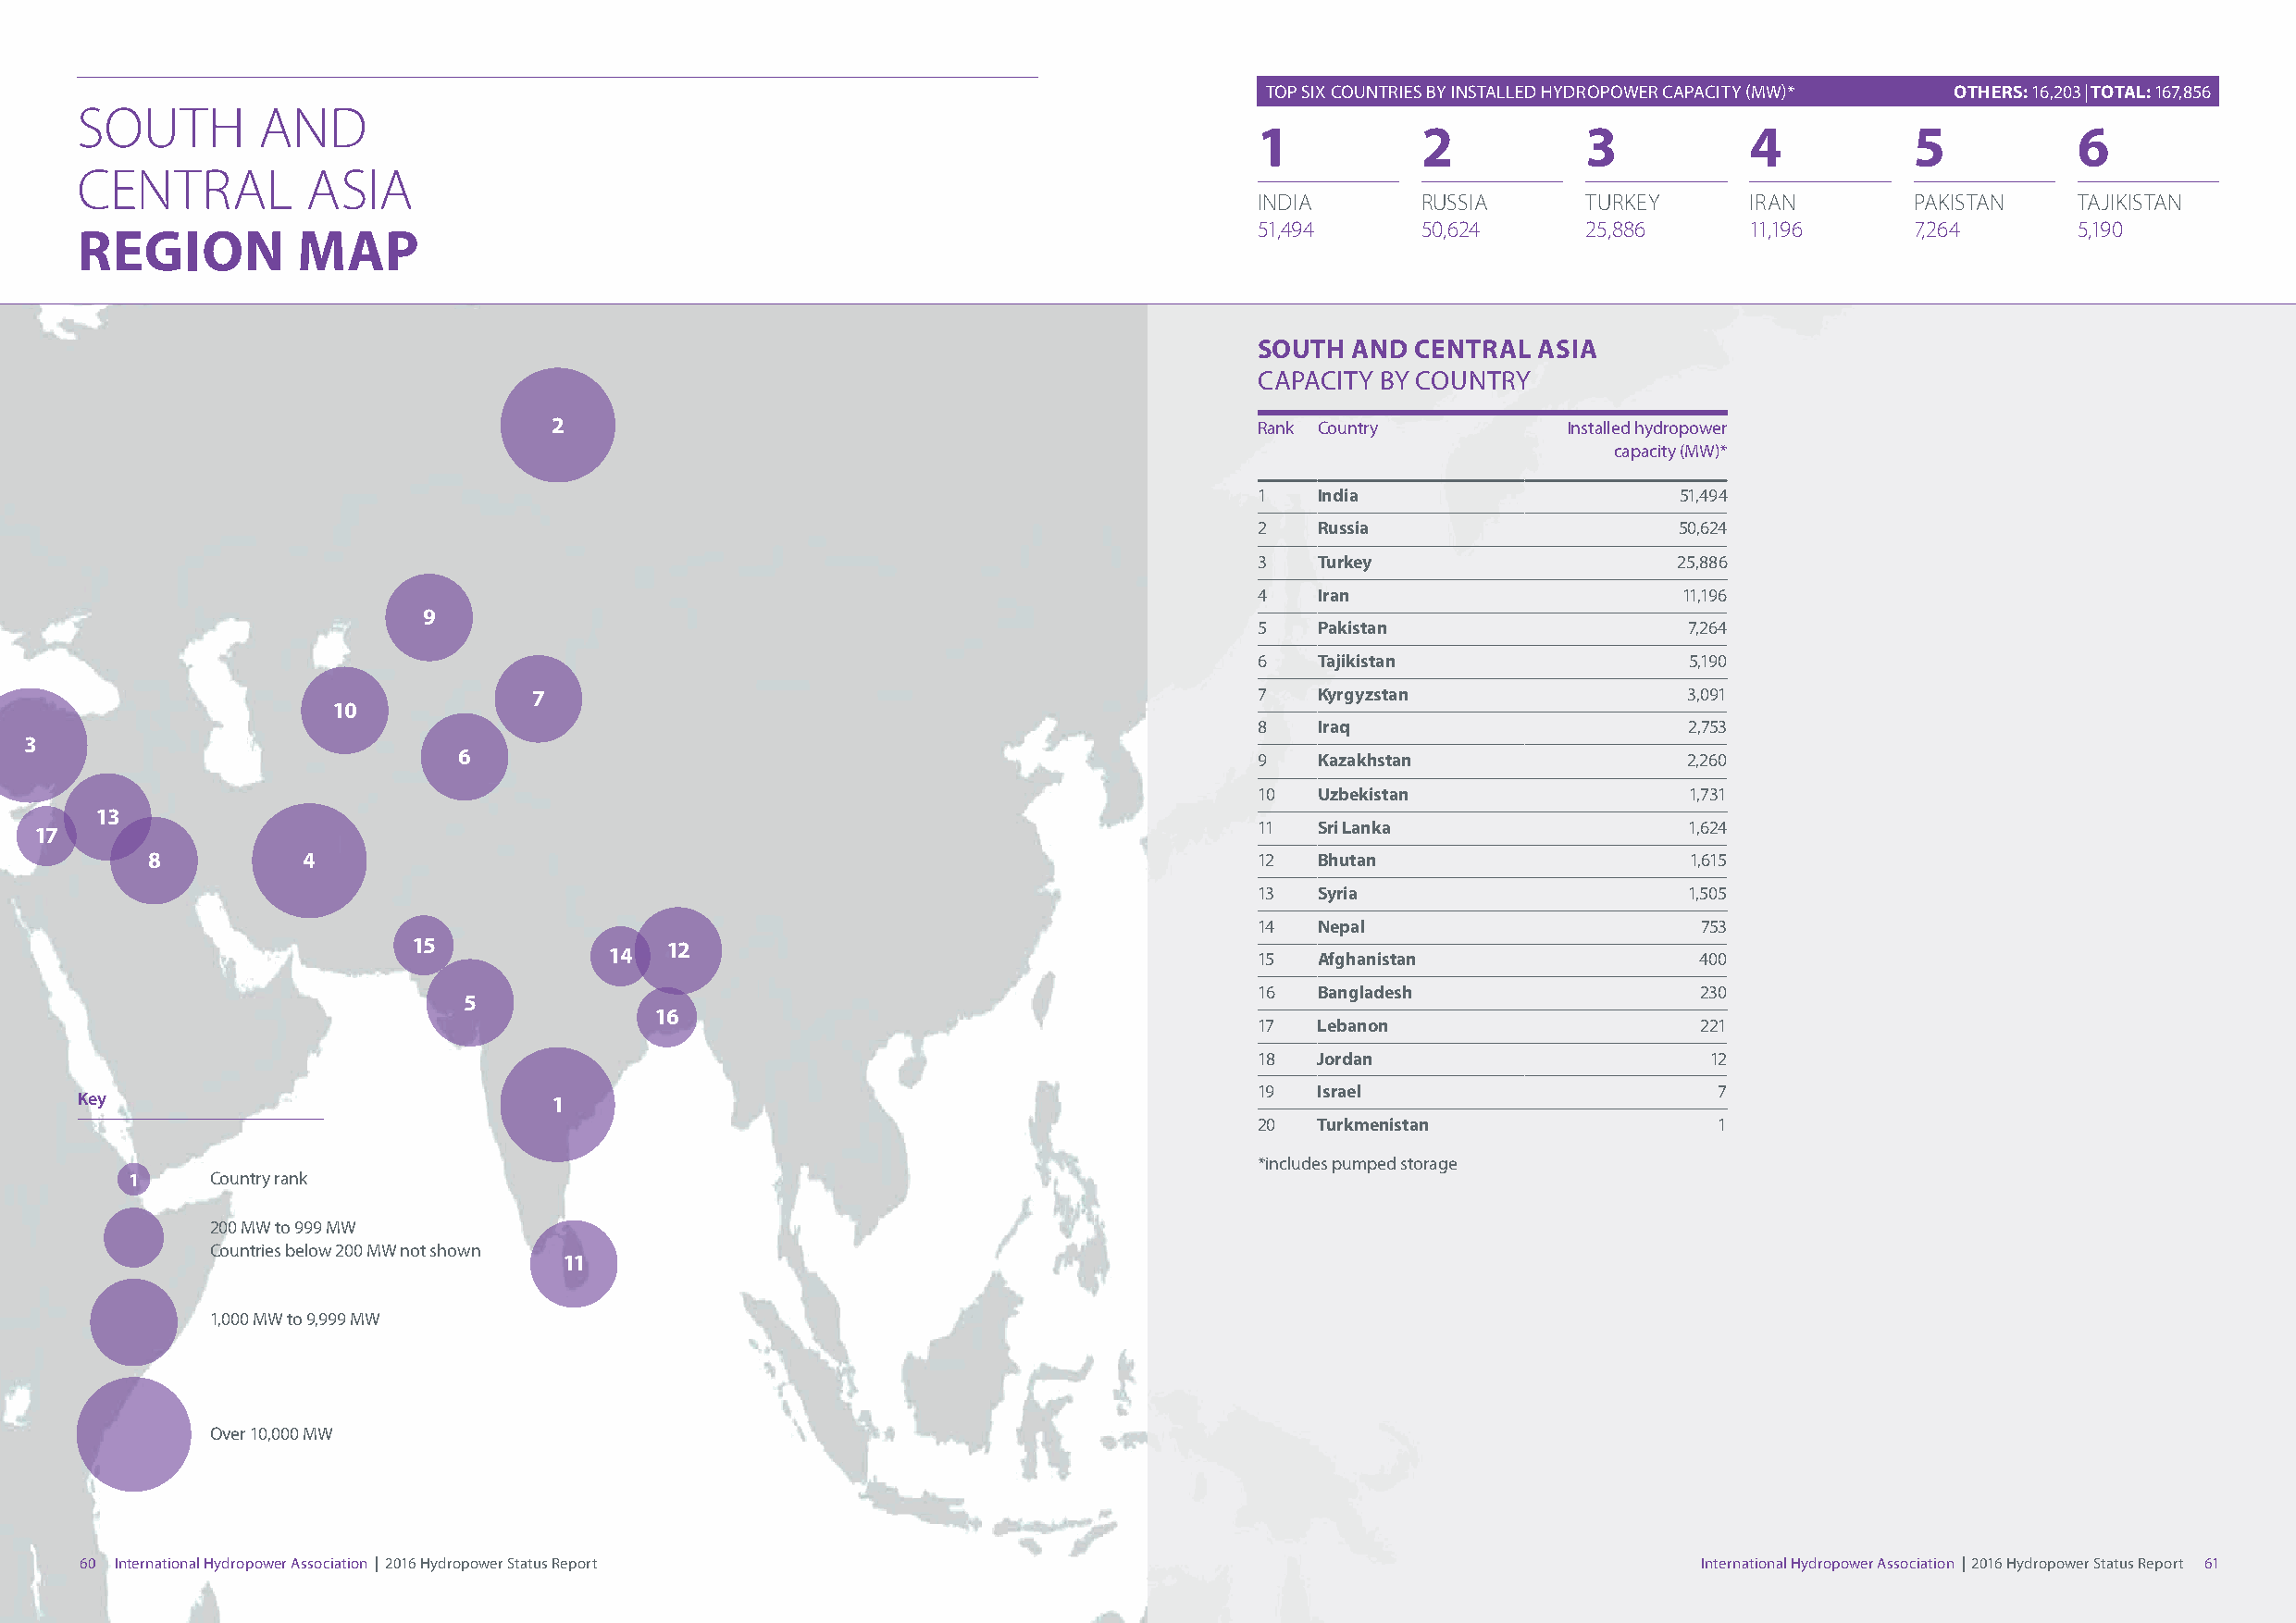
TOP SIX COUNTRIES BY INSTALLED HYDROPOWER CAPACITY (MW)* OTHERS: 16,203|TOTAL: 167,856
 SOUTH        AND
 1           2          3           4           5           6
 CENTRAL         ASIA
 INDIA       RUSSIA     TURKEY      IRAN        PAKISTAN    TAJIKISTAN
 51,494      50,624     25,886      11,196      7,264       5,190
 REGION         MAP
 SOUTH  AND CENTRAL  ASIA
 CAPACITY BY COUNTRY
 2                                                  Rank Country          Installed hydropower
 capacity (MW)*
 1   India                     51,494
 2   Russia                    50,624
 3   Turkey                    25,886
 4   Iran                      11,196
 9
 5   Pakistan                   7,264
 6   Tajikistan                 5,190
 7                                                   7   Kyrgyzstan                 3,091
 10
 8   Iraq                       2,753
 3
 6                                                        9   Kazakhstan                 2,260
 10  Uzbekistan                 1,731
 13
 11  Sri Lanka                  1,624
 17
 8          4                                                                   12  Bhutan                     1,615
 13  Syria                      1,505
 14  Nepal                       753
 15             14  12                                        15  Afghanistan                 400
 16  Bangladesh                  230
 5
 16
 17  Lebanon                     221
 18  Jordan                      12
 19  Israel                       7
 Key                              1
 20  Turkmenistan                 1
 *includes pumped storage
 1     Country rank
 200 MW to 999 MW
 Countries below 200 MW not shown
 11
 1,000 MW to 9,999 MW
 Over 10,000 MW
 60 International Hydropower Association | 2016 Hydropower Status Report                                             International Hydropower Association | 2016 Hydropower Status Report 61